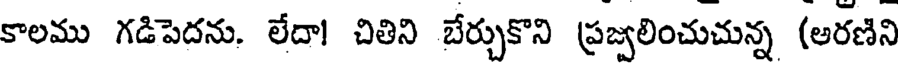
కాలము గడిపెదను. లేదా! చితిని బేర్చుకొని ప్రజ్వలించుచున్న (అరణిని